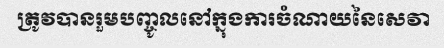
ត្រូវបានរួមបញ្ចូលនៅក្នុងការចំណាយនៃសេវា